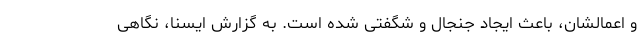
و اعمالشان، باعث ایجاد جنجال و شگفتی شده است. به گزارش ایسنا، نگاهی